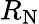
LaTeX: R_{\mathrm{N}}